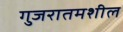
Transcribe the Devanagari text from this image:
गुजरातमशील